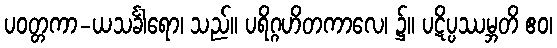
ပဝတ္တကာ-ယသင်္ခါရော၊ သည်။ ပရိဂ္ဂဟိတကာလေ၊ ၌။ ပဋိပ္ပဿမ္ဘတိ ဧဝ၊